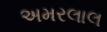
અમરલાલ